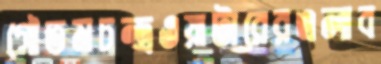
গৌতমচন্দ্রওয়াটারেরএলাব